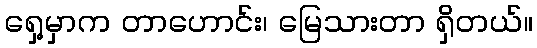
ရှေ့မှာက တာဟောင်း၊ မြေသားတာ ရှိတယ်။